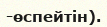
-өспейтін).